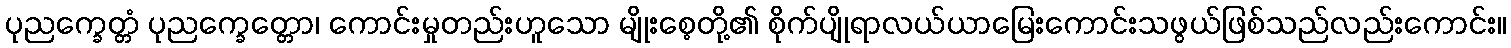
ပုညက္ခေတ္တံ ပုညက္ခေတ္တော၊ ကောင်းမှုတည်းဟူသော မျိုးစေ့တို့၏ စိုက်ပျိုရာလယ်ယာမြေးကောင်းသဖွယ်ဖြစ်သည်လည်းကောင်း။